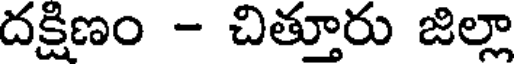
దక్షిణం - చిత్తూరు జిల్లా